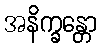
အနိက္ခန္တော